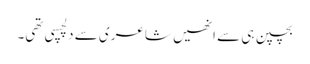
بچپن ہی سے انھیں شاعری سے دلچسپی تھی۔